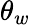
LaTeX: \theta_{w}